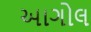
આગોલ